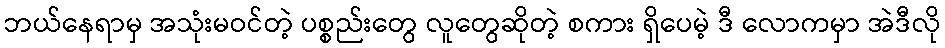
ဘယ်နေရာမှ အသုံးမဝင်တဲ့ ပစ္စည်းတွေ လူတွေဆိုတဲ့ စကား ရှိပေမဲ့ ဒီ လောကမှာ အဲဒီလို